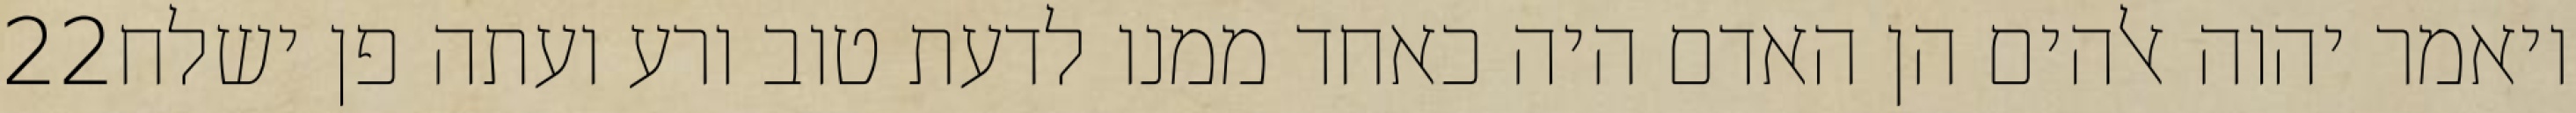
‎22‏ ויאמר יהוה אלהים הן האדם היה כאחד ממנו לדעת טוב ורע ועתה פן ישלח